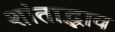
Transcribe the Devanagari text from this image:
शांताद्भाव